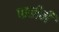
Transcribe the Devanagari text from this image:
पानीबी